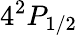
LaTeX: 4^{2}P_{1/2}